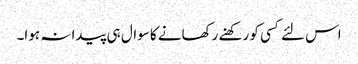
اس لئے کسی کو رکھنے رکھانے کا سوال ہی پیدا نہ ہوا۔